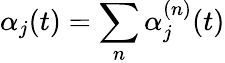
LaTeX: \alpha_{j}(t)=\sum_{n}\alpha_{j}^{(n)}(t)